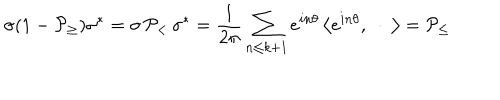
LaTeX: \sigma ( 1 - { \cal P } _ { \geq } ) \sigma ^ { * } = \sigma \, { \cal P } _ { < } \, \sigma ^ { * } = \frac 1 { 2 \pi } \sum _ { n \leq k + 1 } e ^ { i n \theta } \left\langle e ^ { i n \theta } , \ \cdot \ \right\rangle = { \cal P } _ { \leq }